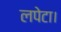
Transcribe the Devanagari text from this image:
लपेटा।